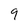
Character: 9